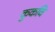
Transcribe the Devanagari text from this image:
कुकवि